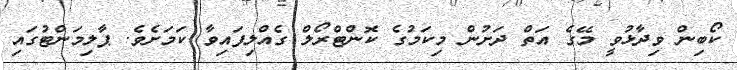
ކޯބިން ވިދާޅުވީ މޭގެ އަތް ދަށުން މިކަމުގެ ކޮންޓްރޯލް ގެއްލިފައިވާ ކަމަށެވެ. ޕާލިމަންޓުގައި